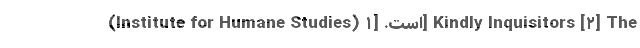
(Institute for Humane Studies) است. [۱] Kindly Inquisitors [۲] The